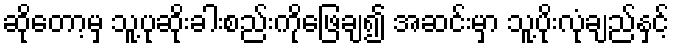
ဆိုတော့မှ သူ့ပုဆိုးခါးစည်းကိုဖြေချ၍ အဆင်းမှာ သူ့ပိုးလုံချည်နှင့်